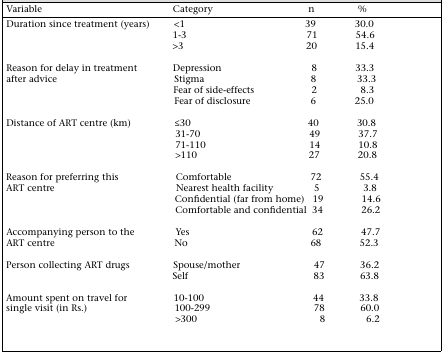
<table><thead><tr><td><b>Variable</b></td><td><b>Category</b></td><td><b>n</b></td><td><b>%</b></td></tr></thead><tbody><tr><td>Duration since treatment (years)</td><td>&lt;1</td><td>39</td><td>30.0</td></tr><tr><td></td><td>1-3</td><td>71</td><td>54.6</td></tr><tr><td></td><td>&gt;3</td><td>20</td><td>15.4</td></tr><tr><td rowspan="4">Reason for delay in treatment after advice</td><td>Depression</td><td>8</td><td>33.3</td></tr><tr><td>Stigma</td><td>8</td><td>33.3</td></tr><tr><td>Fear of side-effects</td><td>2</td><td>8.3</td></tr><tr><td>Fear of disclosure</td><td>6</td><td>25.0</td></tr><tr><td>Distance of ART centre (km)</td><td>≤30</td><td>40</td><td>30.8</td></tr><tr><td></td><td>31-70</td><td>49</td><td>37.7</td></tr><tr><td></td><td>71-110</td><td>14</td><td>10.8</td></tr><tr><td></td><td>&gt;110</td><td>27</td><td>20.8</td></tr><tr><td rowspan="4">Reason for preferring this ART centre</td><td>Comfortable</td><td>72</td><td>55.4</td></tr><tr><td>Nearest health facility</td><td>5</td><td>3.8</td></tr><tr><td>Confidential (far from home)</td><td>19</td><td>14.6</td></tr><tr><td>Comfortable and confidential</td><td>34</td><td>26.2</td></tr><tr><td rowspan="2">Accompanying person to the ART centre</td><td>Yes</td><td>62</td><td>47.7</td></tr><tr><td>No</td><td>68</td><td>52.3</td></tr><tr><td>Person collecting ART drugs</td><td>Spouse/mother</td><td>47</td><td>36.2</td></tr><tr><td></td><td>Self</td><td>83</td><td>63.8</td></tr><tr><td rowspan="3">Amount spent on travel for single visit (in Rs.)</td><td>10-100</td><td>44</td><td>33.8</td></tr><tr><td>100-299</td><td>78</td><td>60.0</td></tr><tr><td>&gt;300</td><td>8</td><td>6.2</td></tr></tbody></table>